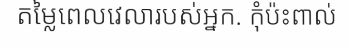
តម្លៃពេលវេលារបស់អ្នក. កុំប៉ះពាល់